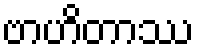
ဗာဟိတာဿ